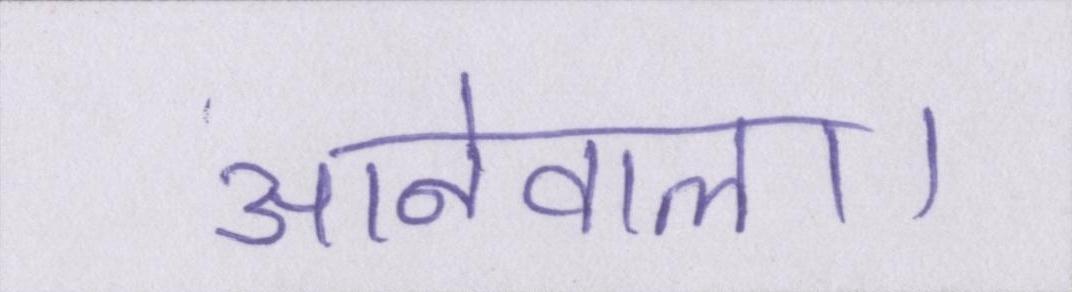
आनेवाला।